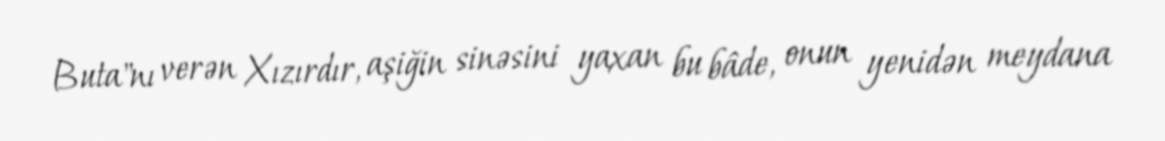
Buta"nı verən Xızırdır, aşiğin sinəsini yaxan bu bâde, onun yenidən meydana